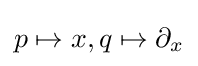
p\mapsto x,q\mapsto \partial _{x}